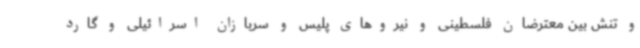
و تنش بین معترضان فلسطینی و نیروهای پلیس و سربازان اسرائیلی و گارد